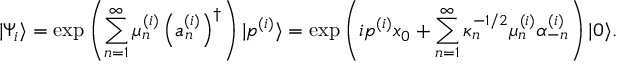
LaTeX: | \Psi _ { i } \rangle = \exp \left( \sum _ { n = 1 } ^ { \infty } \mu _ { n } ^ { ( i ) } \left( a _ { n } ^ { ( i ) } \right) ^ { \dagger } \right) | p ^ { ( i ) } \rangle = \exp \left( i p ^ { ( i ) } x _ { 0 } + \sum _ { n = 1 } ^ { \infty } \kappa _ { n } ^ { - 1 / 2 } \mu _ { n } ^ { ( i ) } \alpha _ { - n } ^ { ( i ) } \right) | 0 \rangle .